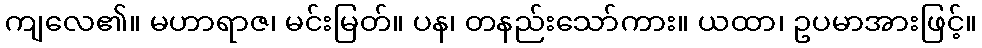
ကျလေ၏။ မဟာရာဇ၊ မင်းမြတ်။ ပန၊ တနည်းသော်ကား။ ယထာ၊ ဥပမာအားဖြင့်။